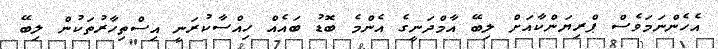
އެހެންނަމަވެސް ޕްރިޔަންކާއަށް ލިބޭ އާމްދަނީގެ އެންމެ ބޮޑު ބައެއް ހިއްސާކުރަނީ އިސްތިހާރުތަކުން ލިބޭ